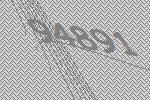
94891